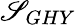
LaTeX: \mathscr{S}_{GHY}